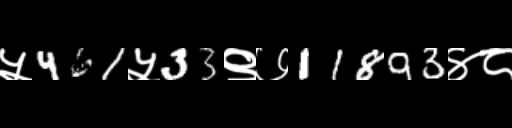
Text: ५461५33९७11893४८